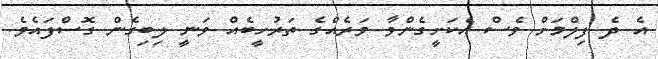
އެ ދެ ފިލްމަށް ވެސް އެކަށީގެންވާ ވަރެއްގެ ތަރުހީބެއް ވަނީ ލިބިގެން ގޮސްފައެވެ.